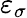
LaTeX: \varepsilon_{\sigma}